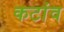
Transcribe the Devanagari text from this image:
कटांव